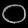
Digit: ၀